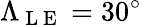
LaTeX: \Lambda_{\mathrm{~L~E~}}=30^{\circ}